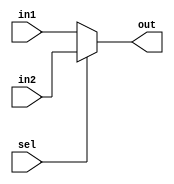
module mux_2to1 (in1, in2, sel , out);
	parameter SIZE = 5;
	input [SIZE - 1:0] in1, in2;
	input sel;
	output [SIZE - 1:0] out;
  
	assign out = sel ? in2 : in1;
  
endmodule